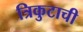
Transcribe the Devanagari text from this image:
त्रिकुटाची